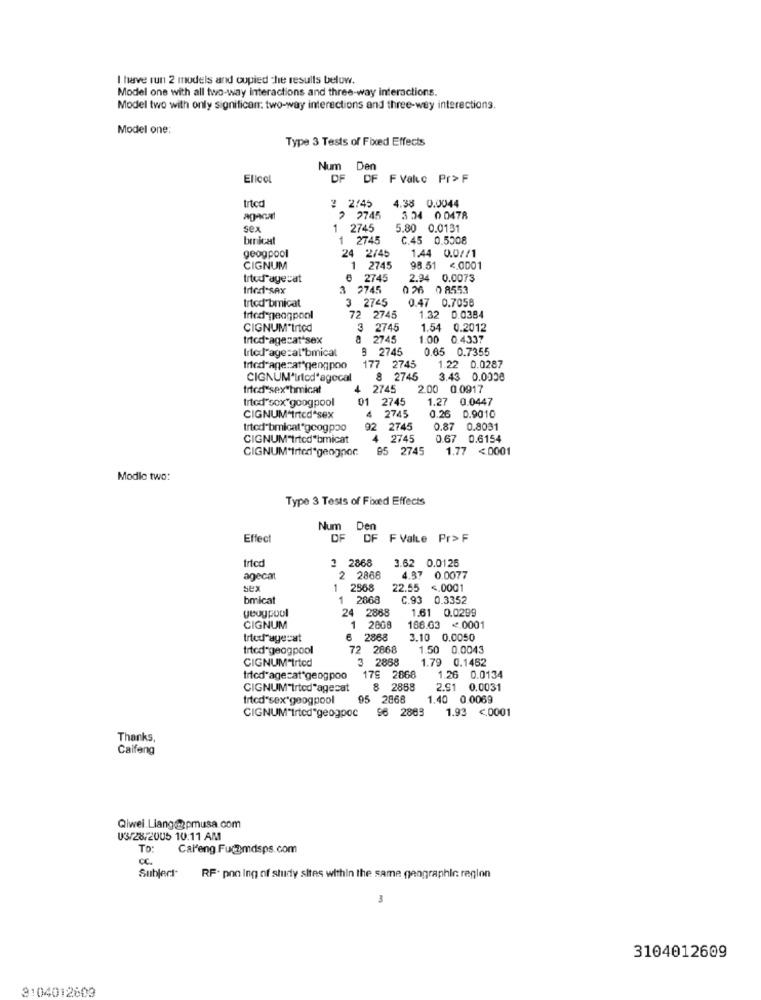
I have run 2 models and copied che results below.
Model one with all two-way interactions and three-way interactions.
Model two with only significan: two-way interactions and three-wey interactions.
Model one:
Type 3 Tests of Fixed Effects
Num Den
Elicol
DF DF F Valuc Pr> F
trtcd
2 2:45
4.38 0.0044
ag-anal
2 2745
334 0 0478
sex
2745
5.80 0.0131
brnicat
1 2745
C.45 0.5508
geogpool
24 2/45
1.44 0.0//1
CIGNUM
1 2745
98.51 <. 0001
trted agecat
6 2745
2.94 0.0073
Inted-SAX
2745
026 0 8553
3 2745
0.47 0.7058
trted bmicat
fried-geogpool
72
2745
1 32
0.0384
CIGNUM*Irtod
3 2745
1.54
0.2012
tried-agecat sex
2745
1.00
0.4337
Urtedl'age=al'bmical
9 2745
0.65 0.7355
Inted agerat geogpoo
177 2745
1.22 0.0287
CIGNUM'Irlod'agecal
8 2745
3.43 0.0008
fried"sex"hmicat
4
2745
2.00 0.0917
trted"sox"googpool
01
2745
1.27 0.04
0.0447
4
2745
0.26 0.9010
CIGNUM triedªsex
trted bmicat'googpoo
92
2745
0.87 0.8031
CIGNUM"trtcd"bmicat
4
2745
0.67 0.6154
CIGNUM*tried*geogpor
85 2745
1.77 <0001
Modlo two:
Type 3 Tests of Fixed Effects
Num Den
Effect
DF OF F ValLe Pr> F
trtcd
3 2868
3.62 0.0125
agecat
2 2868
4.97
0.0077
sex
-
2568
22.55
<. 0001
bmicat
1 2868
C.93 0.3352
yeogpool
1.61 0.0299
24 2868
CIGNUM
1 2808
188.03 <. 0001
Irted agerat
6 2868
3.10 0.0050
tried geogpool
72 2868
1.50 0.0043
CIGNUM Irted
3 2888
1.79 0.1452
trtcd'agecat*geogpoo
179 2868
1.26 0.0134
CIGNUM"Irted'agecat
8
2858
2.91 0.0031
tried"sex"geogpool
95 2868
1.40 0.0069
CIGNUM"trted geogpoc
96 2883
1.93 <. 0001
Thanks,
Calfeng
Qiwei.Liang@apmusa.com
03/28/2005 10:11 AM
To:
Cal'eng Fucomdsps.com
CC.
Subject
RF. pon Ing of study sites within the same geographic region
3
3104012609
3104012803